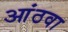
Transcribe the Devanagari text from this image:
आंठवा